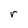
Character: r